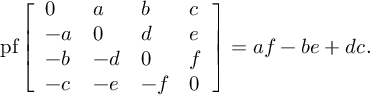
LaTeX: \operatorname { p f } { \left[ \begin{array} { l l l l } { 0 } & { a } & { b } & { c } \\ { - a } & { 0 } & { d } & { e } \\ { - b } & { - d } & { 0 } & { f } \\ { - c } & { - e } & { - f } & { 0 } \end{array} \right] } = a f - b e + d c .